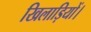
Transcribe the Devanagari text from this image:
खिलाड़ियों।